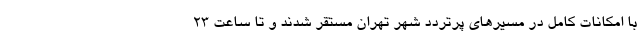
با امکانات کامل در مسیرهای پرتردد شهر تهران مستقر شدند و تا ساعت ۲۳